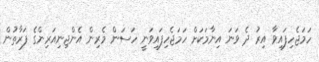
ހަމަޖެހިފައިވާ އިރު ދެ ވަނަ އިނާމަކަށް ހަމަޖެހިފައިވަނީ ހަސަން މެރިން އެންޖިނިއަރިންގެ ފަރާތުން